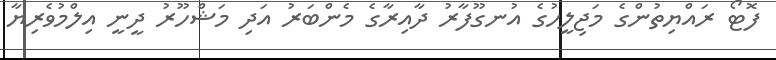
ފޮޓޯ ރައްޔިތުންގެ މަޖިލީހުގެ އުނގޫފާރު ދާއިރާގެ މެންބަރު އަދި މަޝްހޫރު ދީނީ އިލްމުވެރިޔާ